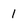
Character: 1